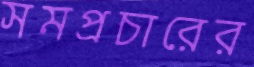
সমপ্রচারের